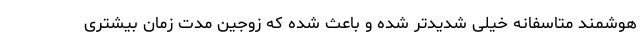
هوشمند متاسفانه خیلی شدیدتر شده و باعث شده که زوجین مدت زمان بیشتری